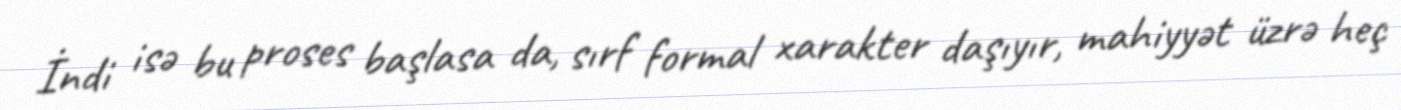
İndi isə bu proses başlasa da, sırf formal xarakter daşıyır, mahiyyət üzrə heç